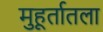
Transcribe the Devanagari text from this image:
मुहूर्तातला